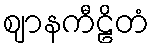
ဈာနကီဠိတံ